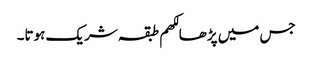
جس میں پڑھا لکھم طبقہ شریک ہوتا۔